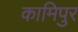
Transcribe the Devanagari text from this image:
कामिपुर